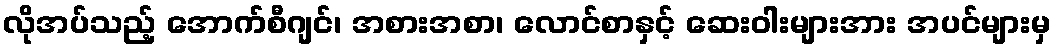
လိုအပ်သည့် အောက်စီဂျင်၊ အစားအစာ၊ လောင်စာနှင့် ဆေးဝါးများအား အပင်များမှ